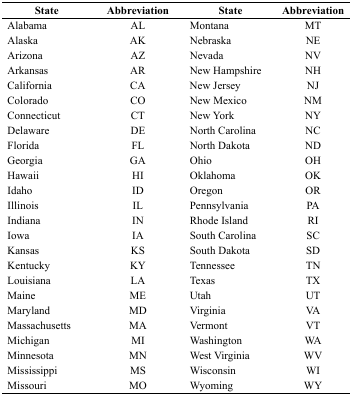
<table><thead><tr><td><b>State</b></td><td><b>Abbreviation</b></td><td><b>State</b></td><td><b>Abbreviation</b></td></tr></thead><tbody><tr><td>Alabama</td><td>AL</td><td>Montana</td><td>MT</td></tr><tr><td>Alaska</td><td>AK</td><td>Nebraska</td><td>NE</td></tr><tr><td>Arizona</td><td>AZ</td><td>Nevada</td><td>NV</td></tr><tr><td>Arkansas</td><td>AR</td><td>New Hampshire</td><td>NH</td></tr><tr><td>California</td><td>CA</td><td>New Jersey</td><td>NJ</td></tr><tr><td>Colorado</td><td>CO</td><td>New Mexico</td><td>NM</td></tr><tr><td>Connecticut</td><td>CT</td><td>New York</td><td>NY</td></tr><tr><td>Delaware</td><td>DE</td><td>North Carolina</td><td>NC</td></tr><tr><td>Florida</td><td>FL</td><td>North Dakota</td><td>ND</td></tr><tr><td>Georgia</td><td>GA</td><td>Ohio</td><td>OH</td></tr><tr><td>Hawaii</td><td>HI</td><td>Oklahoma</td><td>OK</td></tr><tr><td>Idaho</td><td>ID</td><td>Oregon</td><td>OR</td></tr><tr><td>Illinois</td><td>IL</td><td>Pennsylvania</td><td>PA</td></tr><tr><td>Indiana</td><td>IN</td><td>Rhode Island</td><td>RI</td></tr><tr><td>Iowa</td><td>IA</td><td>South Carolina</td><td>SC</td></tr><tr><td>Kansas</td><td>KS</td><td>South Dakota</td><td>SD</td></tr><tr><td>Kentucky</td><td>KY</td><td>Tennessee</td><td>TN</td></tr><tr><td>Louisiana</td><td>LA</td><td>Texas</td><td>TX</td></tr><tr><td>Maine</td><td>ME</td><td>Utah</td><td>UT</td></tr><tr><td>Maryland</td><td>MD</td><td>Virginia</td><td>VA</td></tr><tr><td>Massachusetts</td><td>MA</td><td>Vermont</td><td>VT</td></tr><tr><td>Michigan</td><td>MI</td><td>Washington</td><td>WA</td></tr><tr><td>Minnesota</td><td>MN</td><td>West Virginia</td><td>WV</td></tr><tr><td>Mississippi</td><td>MS</td><td>Wisconsin</td><td>WI</td></tr><tr><td>Missouri</td><td>MO</td><td>Wyoming</td><td>WY</td></tr></tbody></table>